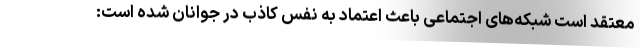
معتقد است شبکه‌های اجتماعی باعث اعتماد به نفس کاذب در جوانان شده است: